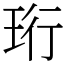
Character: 珩